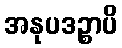
အနုပဒဉ္စာပိ